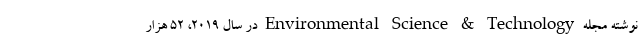
نوشته مجله Environmental Science & Technology در سال ۲۰۱۹، ۵۲ هزار